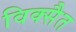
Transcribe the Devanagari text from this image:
विक्सैत